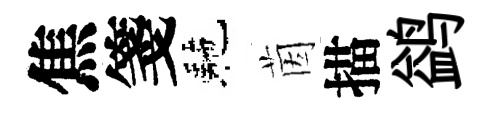
焦箋駰茵描鹢